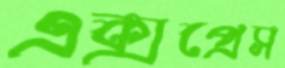
এক্সপ্রেস